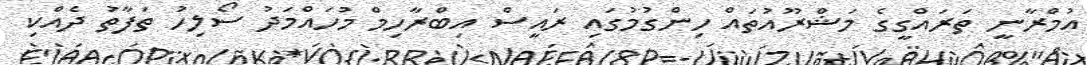
އުމްރާނީ ތަރައްގީގެ މަޝްރޫއުތައް ހިންގުމުގައި ރައީސް އިބްރާހިމް މުހައްމަދު ސޯލިހު ތަފާތު ދެއްކި